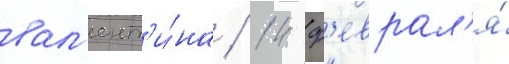
вал'ент'и́на / 14 ф'еврал'я́